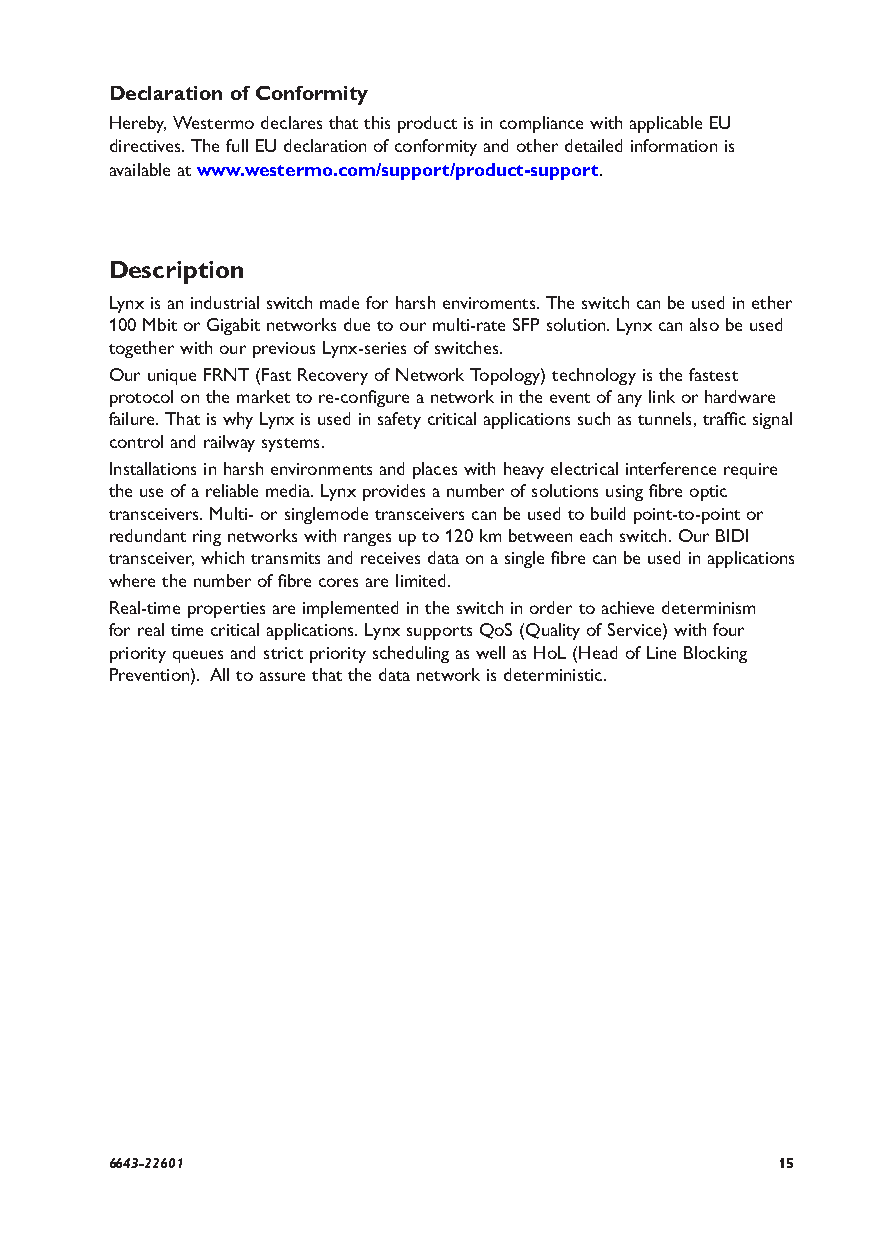
Declaration of Conformity
 Hereby, Westermo declares that this product is in compliance with applicable EU
 directives. The full EU declaration of conformity and other detailed information is
 available at www.westermo.com/support/product-support.
 Description
 Lynx is an industrial switch made for harsh enviroments. The switch can be used in ether
 100 Mbit or Gigabit networks due to our multi-rate SFP solution. Lynx can also be used
 together with our previous Lynx-series of switches.
 Our unique FRNT (Fast Recovery of Network Topology) technology is the fastest
 protocol on the market to re-configure a network in the event of any link or hardware
 failure. That is why Lynx is used in safety critical applications such as tunnels, traffic signal
 control and railway systems.
 Installations in harsh environments and places with heavy electrical interference require
 the use of a reliable media. Lynx provides a number of solutions using fibre optic
 transceivers. Multi- or singlemode transceivers can be used to build point-to-point or
 redundant ring networks with ranges up to 120 km between each switch. Our BIDI
 transceiver, which transmits and receives data on a single fibre can be used in applications
 where the number of fibre cores are limited.
 Real-time properties are implemented in the switch in order to achieve determinism
 for real time critical applications. Lynx supports QoS (Quality of Service) with four
 priority queues and strict priority scheduling as well as HoL (Head of Line Blocking
 Prevention). All to assure that the data network is deterministic.
 6643-22601                                  15